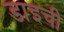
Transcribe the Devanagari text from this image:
डाइची